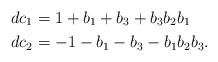
LaTeX: \begin{align*} dc_1 &= 1 + b_{1} + b_{3} + b_{3}b_{2}b_{1} \\ dc_2 &=-1 - b_{1} - b_{3} - b_{1}b_{2}b_{3}. \end{align*}